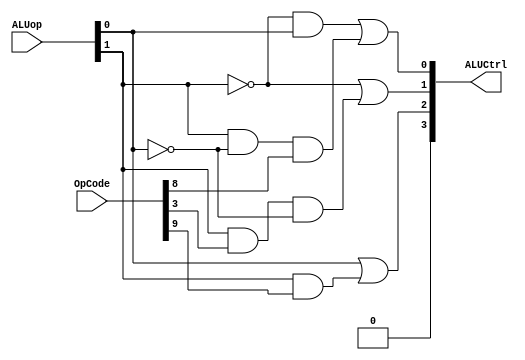
`timescale 1ns / 1ps
//////////////////////////////////////////////////////////////////////////////////
// Cameron Wetzel
//  825004842
// ECEN 350 Lab 8 : ALU Control unit
//////////////////////////////////////////////////////////////////////////////////


module ALUControl(
    input [1:0] ALUop,
    input [10:0] OpCode,
    output [3:0] ALUCtrl
    );
    
    // Boolean equations derived from truth table in lab Manual
    
     assign #2 ALUCtrl[0] = (~ALUop[1] & ALUop[0]) | (ALUop[1] & ~ALUop[0] & OpCode[8]);
     assign #2 ALUCtrl[1] = (~(ALUop[1]) | (ALUop[1] & OpCode[3] & (~ALUop[0])));
     assign #2 ALUCtrl[2] = (ALUop[0] | (ALUop[1] & OpCode[9]));
    
    assign #2 ALUCtrl[3] =  ALUop[1] & ~ALUop[1];//1'b0;   // Currently no Cases where ALUCtrl[3] should be asserted
    
endmodule